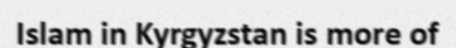
Islam in Kyrgyzstan is more of